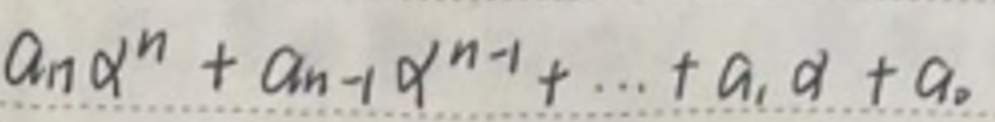
\[a_n\alpha^n + a_{n - 1}\alpha^{n - 1}+\cdots+a_1\alpha + a_0\]